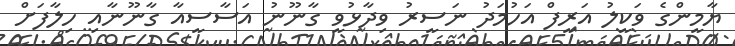
ޔާމީންގެ ވަކީލު އަރީފް އަހުމަދު ނަސީރު ވިދާޅުވީ ގާނޫނު އަސާސީއާ ގާނޫނާއި ހިލާފަށް